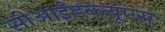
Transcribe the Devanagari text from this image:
सीआईडब्‍ल्‍यूएस